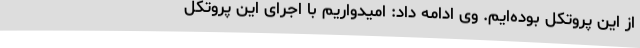
از این پروتکل بوده‌ایم. وی ادامه داد: امیدواریم با اجرای این پروتکل